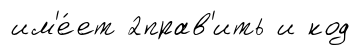
им'е́ет 2прав'ить и код